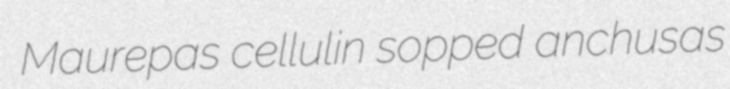
Maurepas cellulin sopped anchusas